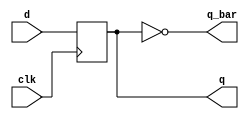
module d_ff(
    input d, input clk, output q, output q_bar
    );
   
   wire d, clk, q_bar;
   reg q;
   
   always @ (posedge clk)
   begin
       q <= d;
   end
   
   assign q_bar = ~q; 
endmodule